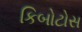
કિબોટોસ